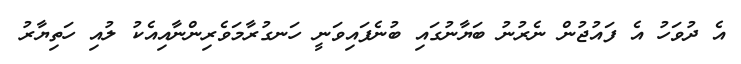
އެ ދުވަހު އެ ފައުޖުން ނެރުނު ބަޔާނުގައި ބުނެފައިވަނީ ހަނގުރާމަވެރިންނާއިއެކު ލުއި ހަތިޔާރު